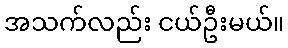
အသက်လည်း ငယ်ဦးမယ်။